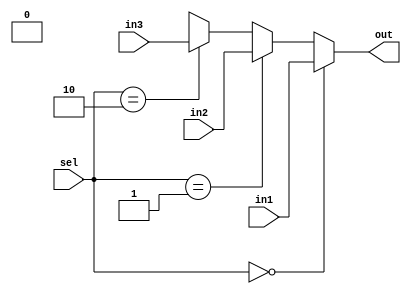
`timescale 1ns / 1ps
//////////////////////////////////////////////////////////////////////////////////
// Company: 
// Engineer: 
// 
// Design Name: 
// Module Name: Mux3x1
// Project Name: 
// Target Devices: 
// Tool Versions: 
// Description: 
// 
// Dependencies: 
// 
// Revision:
// Revision 0.01 - File Created
// Additional Comments:
// 
//////////////////////////////////////////////////////////////////////////////////


module Mux3x1(out, in1, in2, in3, sel);

input [31:0] in1, in2, in3; //replace n with number of bits-1
input [2:0] sel;
output [31:0]out; //replace n with number of bits-1

assign out = 	(sel == 2'b00) ? in1 :
		(sel == 2'b01) ? in2 : 
		(sel == 2'b10) ? in3 : 31'bx; //replace n with number of bits

endmodule